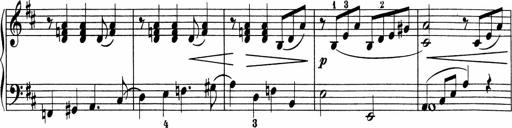
Title: 5 Sonatinen fÃ¼r die Jugend
Composer: Carl Reinecke